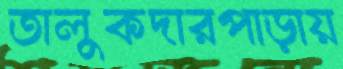
তালুকদারপাড়ায়